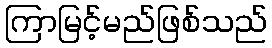
ကြာမြင့်မည်ဖြစ်သည်